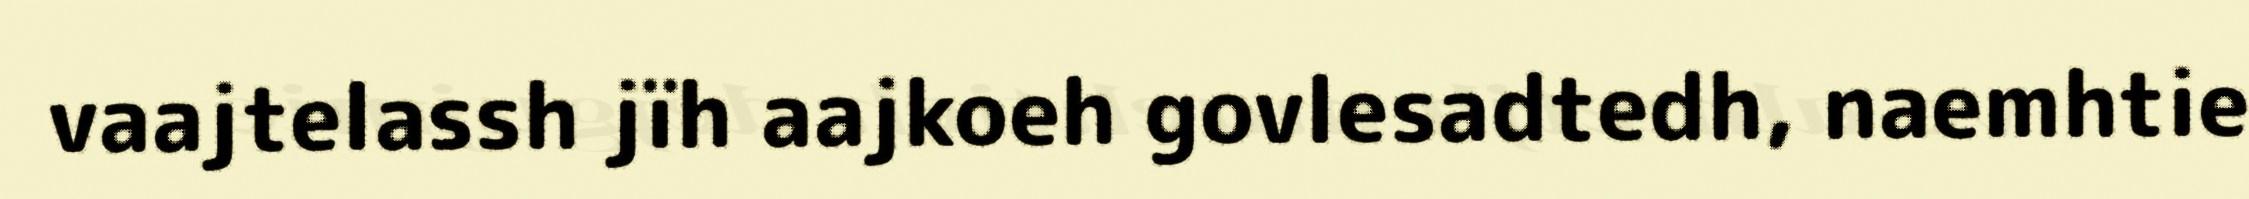
vaajtelassh jïh aajkoeh govlesadtedh, naemhtie